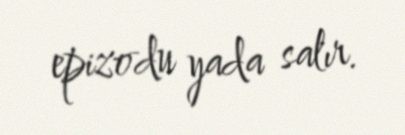
epizodu yada salır.